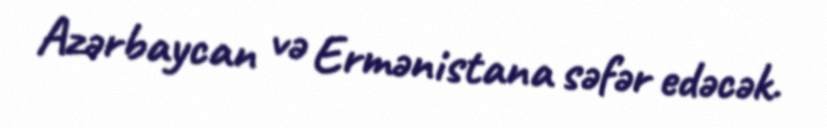
Azərbaycan və Ermənistana səfər edəcək.